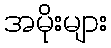
အမိုးများ